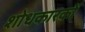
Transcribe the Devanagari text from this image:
शोधकारकों